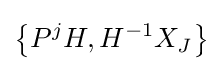
\left\{P^{j}H,H^{-1}X_{J}\right\}